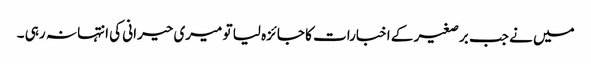
میں نے جب برصغیر کے اخبارات کا جائزہ لیا تو میری حیرانی کی انتہا نہ رہی ۔